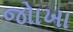
જોાખા